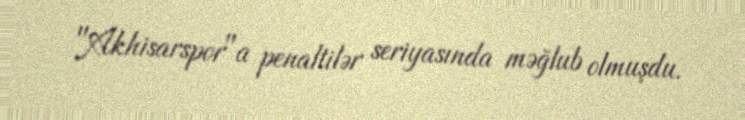
"Akhisarspor"a penaltilər seriyasında məğlub olmuşdu.